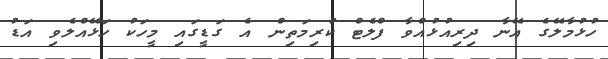
ހުޅުމާލޭގެ އޭނާ ދިރިއުޅުއްވާ ފްލެޓް ކުރިމަތިން އެ ގަޑީގައި މީހަކު ހަޅޭއްލެވި އަޑު